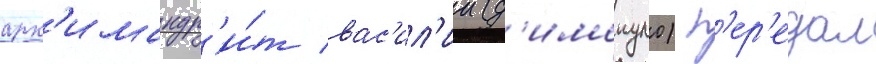
арх'имандр'и́т вас'ил'ии (д'имопуло) п'ер'едал